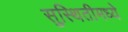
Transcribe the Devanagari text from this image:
सुस्थितीमध्ये